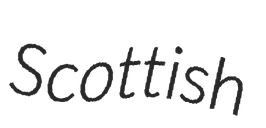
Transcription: Scottish